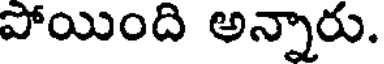
పోయింది అన్నారు.